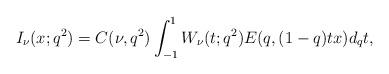
LaTeX: \begin{align*}I_{\nu}(x;q^2)= C(\nu,q^2)\int_{-1}^1 W_\nu(t;q^2) E(q, (1-q)tx) d_qt, \end{align*}